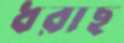
ধরাছ